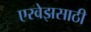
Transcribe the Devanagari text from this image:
एरवेझसाठी